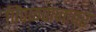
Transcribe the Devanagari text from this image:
पिंपळपानावर